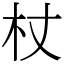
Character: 杖